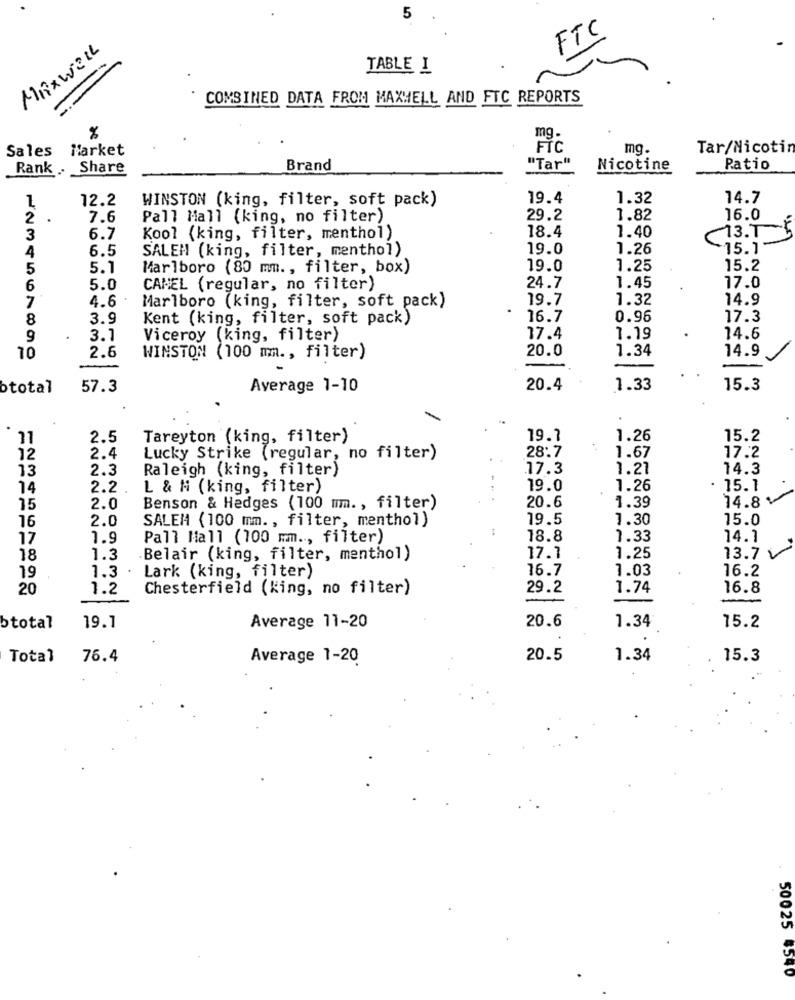
5
FTC
MAXWELL
TABLE I
COMBINED DATA FROM MAXWELL AND FTC REPORTS
%
mg.
Sales Market
FIC
mg.
Tar/Nicotin
Rank . Share
Brand
"Tar"
Nicotine
Patio
12.2
WINSTON (king, filter, soft pack)
19.4
1.32
14.7
2
7.6
Pall Mall (king, no filter)
29.2
1.82
16.0
18.4
1.40
(13.1 5
3
6.7
Kool (king, filter, menthol)
6.5
SALEH (king, filter, menthol)
19.0
1.26
15.1
4
5
5.1
Marlboro (80 mm ., filter, box)
19.0
1.25
15.2
6
5.0
CAMEL (regular, no filter)
24.7
1.45
77.0
7
Marlboro (king, filter, soft pack)
19.7
1.32
14.9
4.6
8
3.9
Kent (king, filter, soft pack)
16.7
0.96
17.3
9
3.1
Viceroy (king, filter)
17.4
1.19
14.6
2.6
20.0
1.34
14.9
10
WINSTON (100 mm ., filter)
btotal
57.3
Average 1-10
20.4
1.33
15.3
11
2.5
Tareyton (king, filter)
19.7
1.26
15.2
17.2
12
2.4
Lucky Strike (regular, no filter)
28.7
1.67
13
2.3
Raleigh (king, filter)
17.3
1.21
14.3
14
2.2 .
L & M (king, filter)
19.0
1.26
15.1
20.6
1.39
15
2.0
Benson & Hedges (100 mm. , filter)
14.8
2.0
SALEM (100 mm ., filter, menthol)
19.5
1.30
15.0
16
17
1.9
Pall Mall (100 mm ., filter)
18.8
1.33
14.1
13.72
18
1.3
Belair (king, filter, menthol)
17.7
1.25
1.3 .
16.7
7.03
16.2
19
Lark (king, filter)
20
1.2
Chesterfield (king, no filter)
29.2
1.74
16.8
20.6
15.2
btotal
19.1
Average 11-20
1.34
Total
76.4
Average 1-20
20.5
1.34
15.3
50025 #540